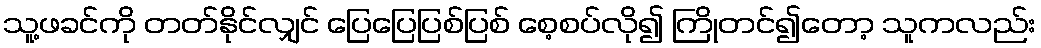
သူ့ဖခင်ကို တတ်နိုင်လျှင် ပြေပြေပြစ်ပြစ် စေ့စပ်လို၍ ကြိုတင်၍တော့ သူကလည်း